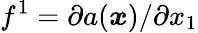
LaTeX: f^{1}=\partial a(\boldsymbol x)/\partial x_{1}